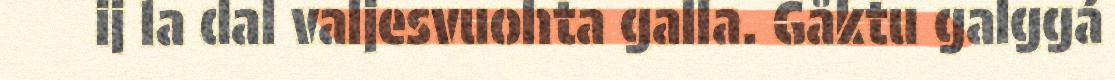
ij la dal valjesvuohta galla. Gåktu galggá